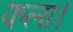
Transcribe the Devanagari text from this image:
फला।